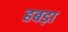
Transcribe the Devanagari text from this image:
हबड़ा